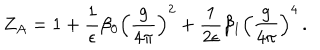
Z _ { A } = 1 + \frac { 1 } { \epsilon } \beta _ { 0 } \left( \frac { g } { 4 \pi } \right) ^ { 2 } + \frac { 1 } { 2 \epsilon } \beta _ { 1 } \left( \frac { g } { 4 \pi } \right) ^ { 4 } \, .